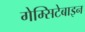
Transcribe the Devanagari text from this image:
गेम्सिटेबाइन